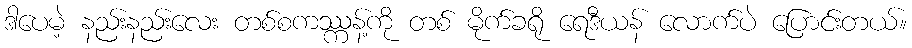
ဒါပေမဲ့ နည်းနည်းလေး တစ်စကဿ္ကန့်ကို တစ် မိုက်ခရို ရေဒီယန် လောက်ပဲ ပြောင်းတယ်။